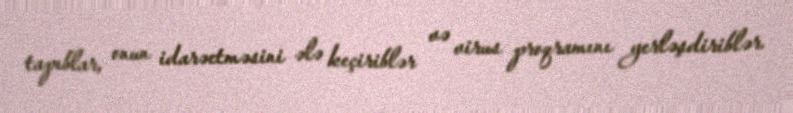
tapıblar, onun idarəetməsini ələ keçiriblər və virus proqramını yerləşdiriblər.